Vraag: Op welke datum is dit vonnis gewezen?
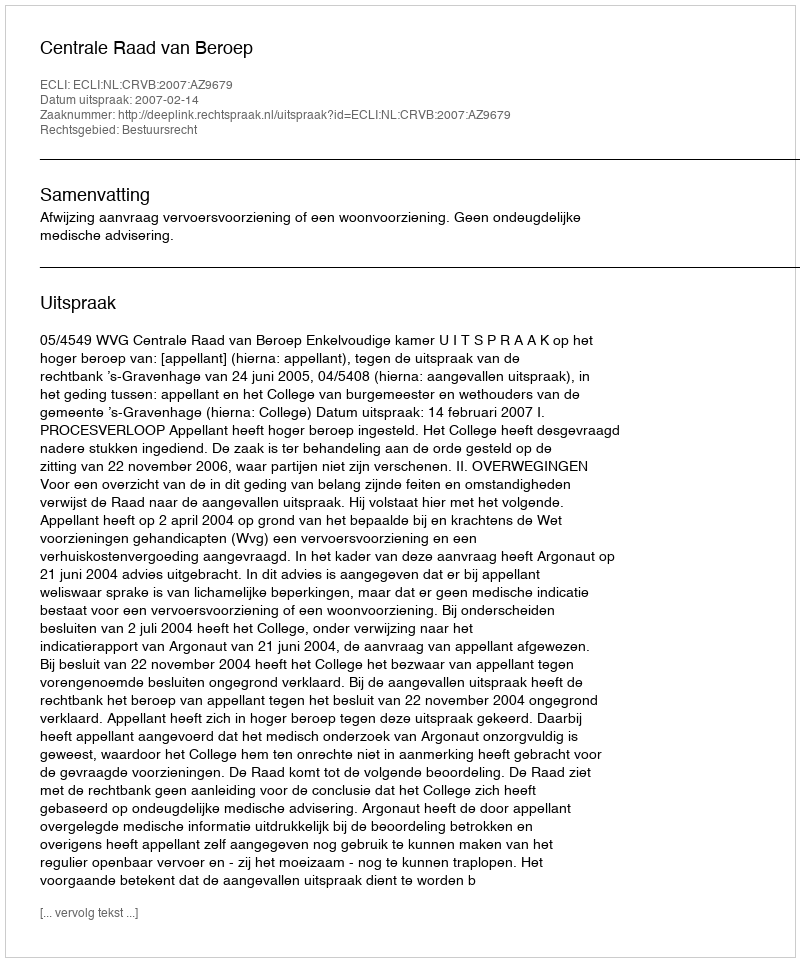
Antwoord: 2007-02-14